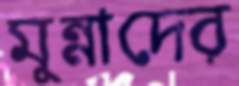
মুন্নাদের